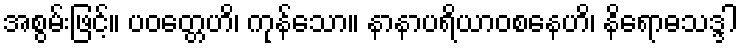
အစွမ်းဖြင့်။ ပဝတ္တေဟိ၊ ကုန်သော။ နာနာပရိယာဝစနေဟိ၊ နိရောဓသဒ္ဒါ